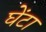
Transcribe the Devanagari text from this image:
घेंटा